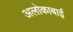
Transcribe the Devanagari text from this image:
अलोकाबाई